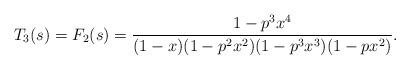
LaTeX: \begin{align*} T_3 (s) = F_2(s) = \frac{1-p^3x^4}{(1-x)(1-p^2x^2)(1-p^3x^3)(1-px^2)}.\end{align*}